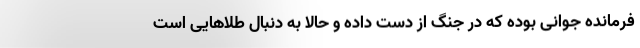
فرمانده جوانی بوده که در جنگ از دست داده و حالا به دنبال طلاهایی است